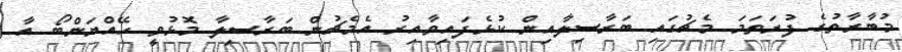
މުބާރާތުގެ ފުރަތަމަ މެޗުގައި ބަރާސިލާއިން ކުޅެފައިވާއިރު އެމެޗުން ބަރާސިލާ މޮޅުވީ ހޭއްޔަންބޯ އާ